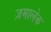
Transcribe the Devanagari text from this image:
ज़मालेक